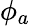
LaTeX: \phi_{a}